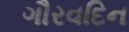
ગૌરવદિન